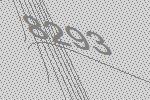
8293